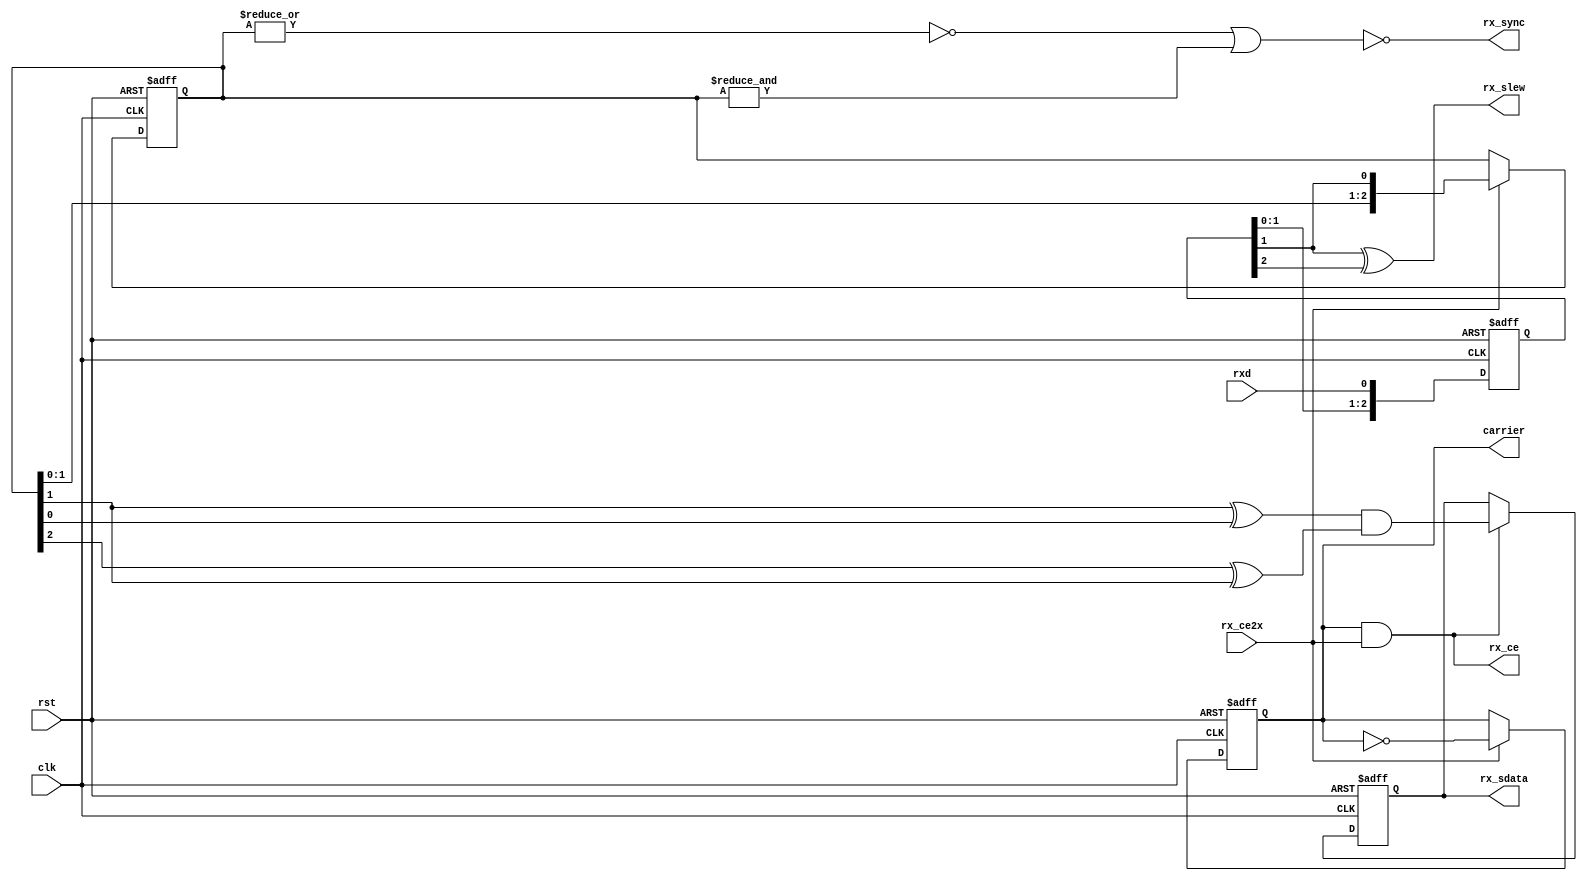
module decoder(
    input                                   clk,
    input                                   rst, 
    input                                   rx_ce2x,
    output reg                              rx_sdata,
    output                                  rx_slew,
    output                                  rx_sync,
    output                                  rx_ce,
    input                                   rxd,
    output reg                              carrier
);


    reg [2 : 0]                             sync_rxd;
    reg [2 : 0]                             last_rxd;


    assign rx_ce = carrier & rx_ce2x;
    assign rx_sync = ~((~(|last_rxd)) | ( &last_rxd));

    always @(posedge clk or posedge rst)
        if(rst) 
            carrier <= 1'b0;
        else if (rx_ce2x) 
            carrier <= ~carrier;

    always @(posedge clk or posedge rst)
        if(rst) 
            sync_rxd <= 3'b000;
        else 
            sync_rxd <= {sync_rxd[1:0], rxd};

    assign rx_slew = sync_rxd[1] ^ sync_rxd[2];

    always @(posedge clk or posedge rst)
        if(rst) 
            last_rxd <= 3'b000;
        else if (rx_ce2x) 
            last_rxd <= {last_rxd[1:0], sync_rxd[1]};

    always @(posedge clk or posedge rst)
        if(rst) 
            rx_sdata <= 1'b0;
        else if (rx_ce) 
            rx_sdata <= ((last_rxd[1] ^ last_rxd[0]) & (last_rxd[2] ^ last_rxd[1]));

endmodule